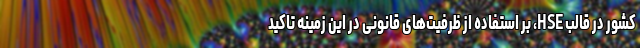
کشور در قالب HSE، بر استفاده از ظرفیت‌های قانونی در این زمینه تاکید